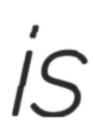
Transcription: is